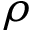
\rho